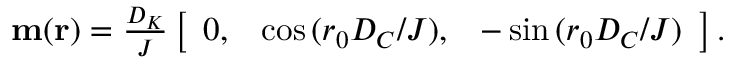
\begin{array} { r } { { \bf { m } } ( { \bf { r } } ) = \frac { D _ { K } } { J } \left[ \begin{array} { l l l } { 0 , } & { \cos { ( r _ { 0 } D _ { C } / J ) } , } & { - \sin { ( r _ { 0 } D _ { C } / J ) } } \end{array} \right] . } \end{array}